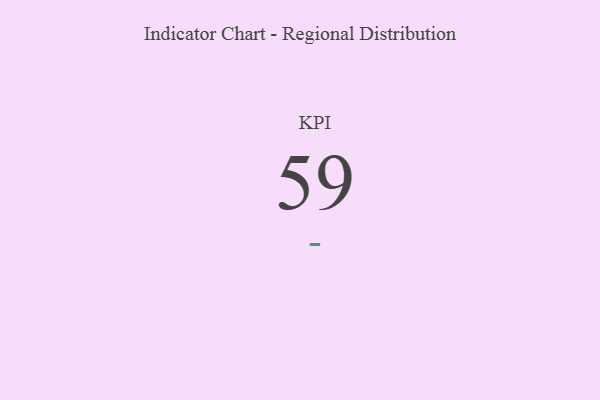
{"axis": {"x": "KPI", "y": "Value"}, "legend": [""], "data": [{"x": "KPI", "y": 59, "type": ""}]}